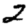
Digit: 2